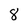
Character: 8